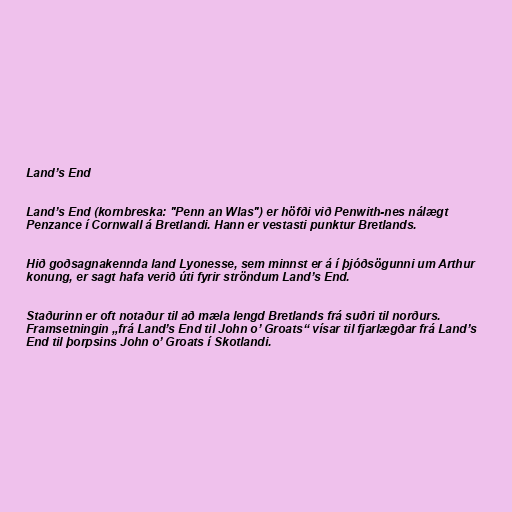
Land’s End

Land’s End (kornbreska: "Penn an Wlas") er höfði við Penwith-nes nálægt
Penzance í Cornwall á Bretlandi. Hann er vestasti punktur Bretlands.

Hið goðsagnakennda land Lyonesse, sem minnst er á í þjóðsögunni um Arthur
konung, er sagt hafa verið úti fyrir ströndum Land’s End.

Staðurinn er oft notaður til að mæla lengd Bretlands frá suðri til norðurs.
Framsetningin „frá Land’s End til John o’ Groats“ vísar til fjarlægðar frá Land’s
End til þorpsins John o’ Groats í Skotlandi.